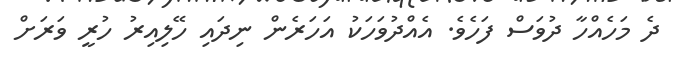
ދެ މަހެއްހާ ދުވަސް ފަހެވެ. އެއްދުވަހަކު އަހަރެން ނިދައި ހޭލިއިރު ހުރީ ވަރަށް